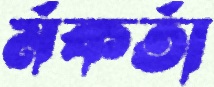
র্মকর্তা